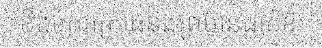
ខឹងក្រេវក្រោធនិងព្រមានដាក់ឱ្យ